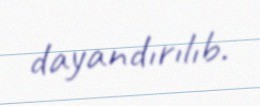
dayandırılıb.